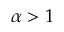
\alpha > 1